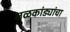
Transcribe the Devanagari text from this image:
नळकांड्यांचा